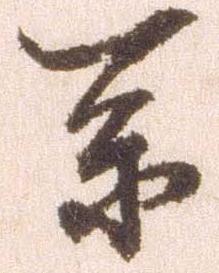
参